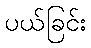
ပယ်ခြင်း